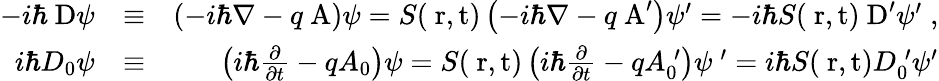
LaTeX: \begin{array}{rlr}{-i\hbar\mathrm{\mathbf~D}\psi}&{\equiv}&{\left(-i\hbar\nabla-q\mathrm{\mathbf~A}\right)\psi=S(\mathrm{{\mathbf~r},t})\left(-i\hbar\nabla-q\mathrm{\mathbf~A}^{\prime}\right)\psi^{\prime}=-i\hbar S(\mathrm{{\mathbf~r},t})\mathrm{\mathbf~D}^{\prime}\psi^{\prime}\; ,}\\ {i\hbar D_{0}\psi}&{\equiv}&{\left(i\hbar\frac{\partial}{\partial t}-qA_{0}\right)\psi=S(\mathrm{{\mathbf~r},t})\left(i\hbar\frac{\partial}{\partial t}-qA_{0}^{\; \prime}\right)\psi\ ^{\prime}=i\hbar S(\mathrm{{\mathbf~r},t})D_{0}^{\; \prime}\psi^{\prime}}\end{array}